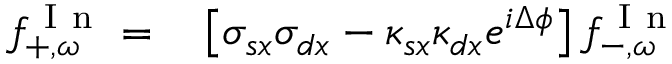
\begin{array} { r l } { f _ { + , \omega } ^ { \mathrm { ~ I ~ n ~ } } = } & { { } \left[ \sigma _ { s x } \sigma _ { d x } - \kappa _ { s x } \kappa _ { d x } e ^ { i \Delta \phi } \right] f _ { - , \omega } ^ { \mathrm { ~ I ~ n ~ } } } \end{array}